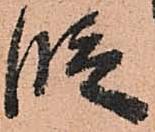
段